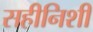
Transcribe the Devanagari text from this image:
सहीनिशी